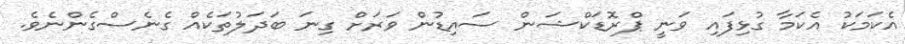
އެކަމަކު އެކަމާ ގުޅިފައި ވަނީ ޕްރޮޑަކްޝަން ސައިޑުން ވަރަށް ގިނަ ބަދަލުތަކެއް ގެނެސްގެންނެވެ.